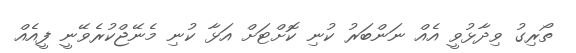
ތޯރިގު ވިދާޅުވީ އެއް ނަންބަރު ކުނި ކޮށްޓަށް އަޅާ ކުނި މެނޭޖްކުރެވޭނީ ފީއެއް